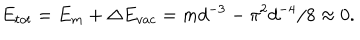
E _ { t o t } = E _ { m } + \Delta E _ { v a c } = m d ^ { - 3 } - \pi ^ { 2 } d ^ { - 4 } / 8 \approx 0 .